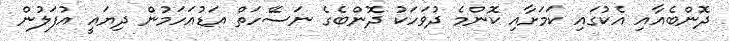
ދޮންބެއާއި އެކުގައި ކަމަށާއި ކޮންމެ ދުވަހަކު ދޮންބެގެ ނަސޭހަތް އަޑުއަހަމުން ދިޔައީ އުފަލުން